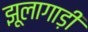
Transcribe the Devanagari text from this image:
झूलागाड़ी